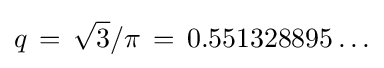
q\,=\,{\sqrt {3}}/{\pi }\,=\,0.551328895\ldots